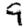
Digit: 9